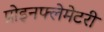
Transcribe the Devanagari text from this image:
प्रोइनफ्लेमेटरी